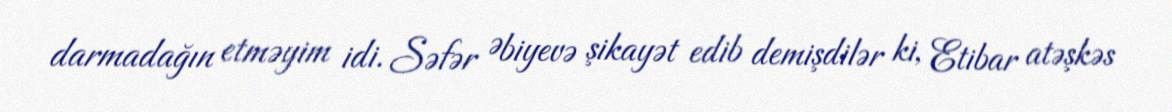
darmadağın etməyim idi. Səfər Əbiyevə şikayət edib demişdilər ki, Etibar atəşkəs